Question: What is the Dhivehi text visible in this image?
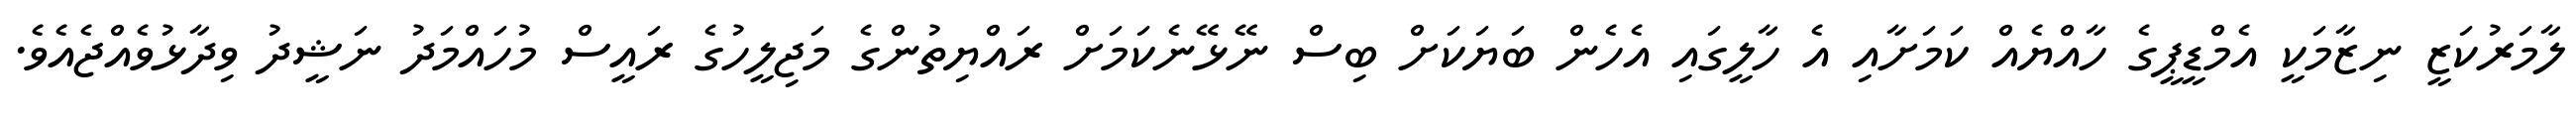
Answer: ލާމަރުކަޒީ ނިޒާމަކީ އެމްޑީޕީގެ ހާއްޔެއް ކަމަށާއި އެ ހާލީގައި އެހެން ބަޔަކަށް ބިސް ނޭޅޭނެކަމަށް ރައްޔިތުންގެ މަޖިލީހުގެ ރައީސް މުހައްމަދު ނަޝީދު ވިދާޅުވެއްޖެއެވެ.